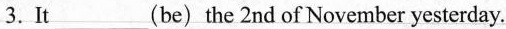
3.It___(be)the 2nd of November yesterday.